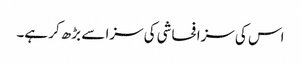
اس کی سزا فحاشی کی سزا سے بڑھ کر ہے۔